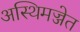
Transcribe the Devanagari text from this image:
अस्थिमज्जेत